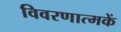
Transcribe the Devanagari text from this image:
विवरणात्मकें